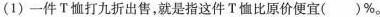
(1) 一件T恤打九折出售，就是指这件T恤比原价便宜( )%。